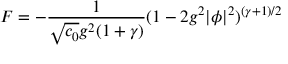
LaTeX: { \cal F } = - { \frac { 1 } { \sqrt { c _ { 0 } } g ^ { 2 } ( 1 + \gamma ) } } ( 1 - 2 g ^ { 2 } | \phi | ^ { 2 } ) ^ { ( \gamma + 1 ) / 2 }